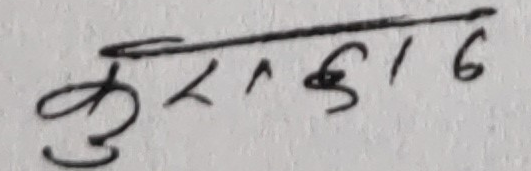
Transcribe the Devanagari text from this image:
कुराफु१६